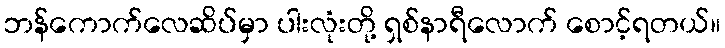
ဘန်ကောက်လေဆိပ်မှာ ပါးလုံးတို့ ရှစ်နာရီလောက် စောင့်ရတယ်။